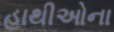
હાથીઓના